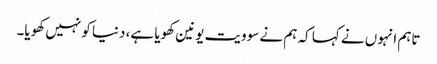
تاہم انہوں نے کہا کہ ہم نے سوویت یونین کھویا ہے، دنیا کو نہیں کھویا۔